Vaccine operations Central Provinces 1868-1885 - 1868-1885
Year: 1868
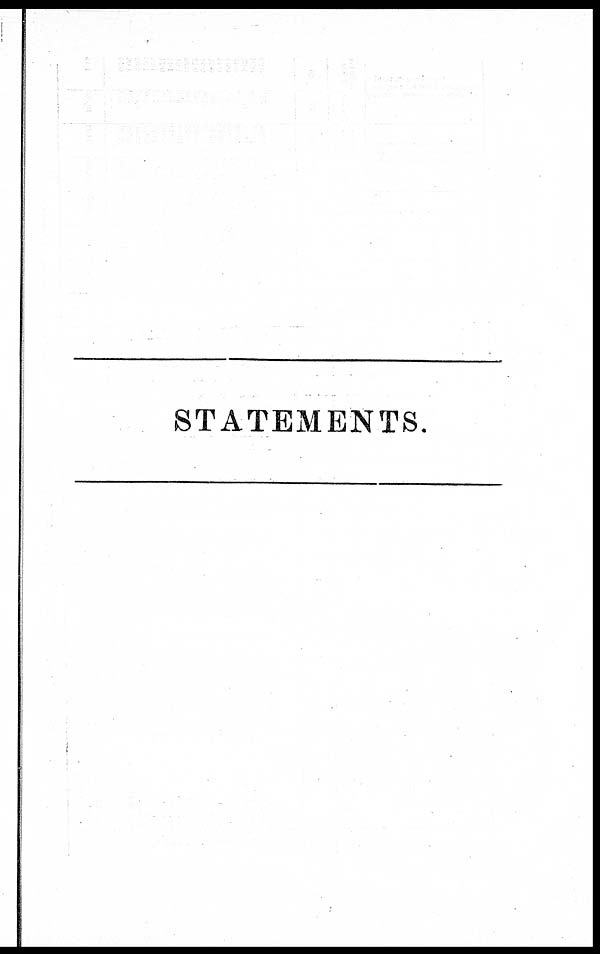
STATEMENTS.